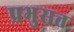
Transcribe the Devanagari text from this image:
प्रभुसत्त